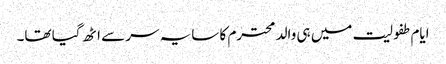
ایام طفولیت میں ہی والد محترم کا سایہ سر سے اٹھ گیا تھا۔